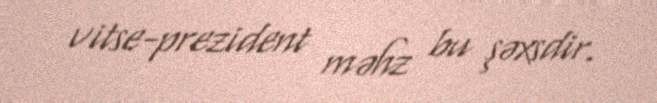
vitse-prezident məhz bu şəxsdir.